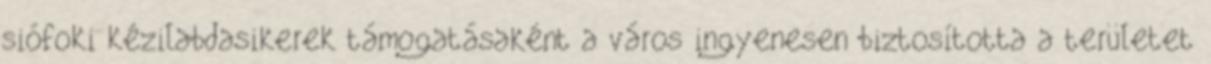
siófoki kézilabdasikerek támogatásaként a város ingyenesen biztosította a területet